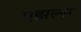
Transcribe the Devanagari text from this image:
एझल्स